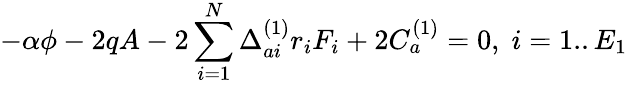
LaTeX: -\alpha\phi-2qA-2\sum_{i=1}^{N}\Delta_{ai}^{(1)}r_{i}F_{i}+2C_{a}^{(1)}=0,\; i=1..E_{1}